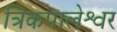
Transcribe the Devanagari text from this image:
त्रिकपालेश्वर